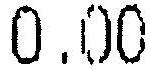
0.00